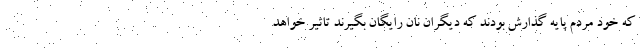
که خود مردم پایه گذارش بودند که دیگران نان رایگان بگیرند تاثیر خواهد